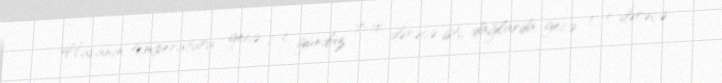
Havanın temperaturu gecə 1-5, gündüz 7-10 dərəcə isti, dağlarda gecə 0-5 dərəcə